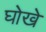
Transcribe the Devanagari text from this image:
घोखे